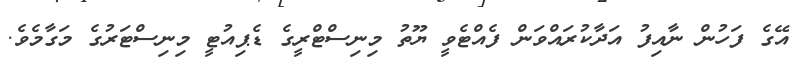
އޭގެ ފަހުން ނާއިފު އަދާކުރައްވަން ފެއްޓެވީ ޔޫތު މިނިސްޓްރީގެ ޑެޕިއުޓީ މިނިސްޓަރުގެ މަގާމެވެ.